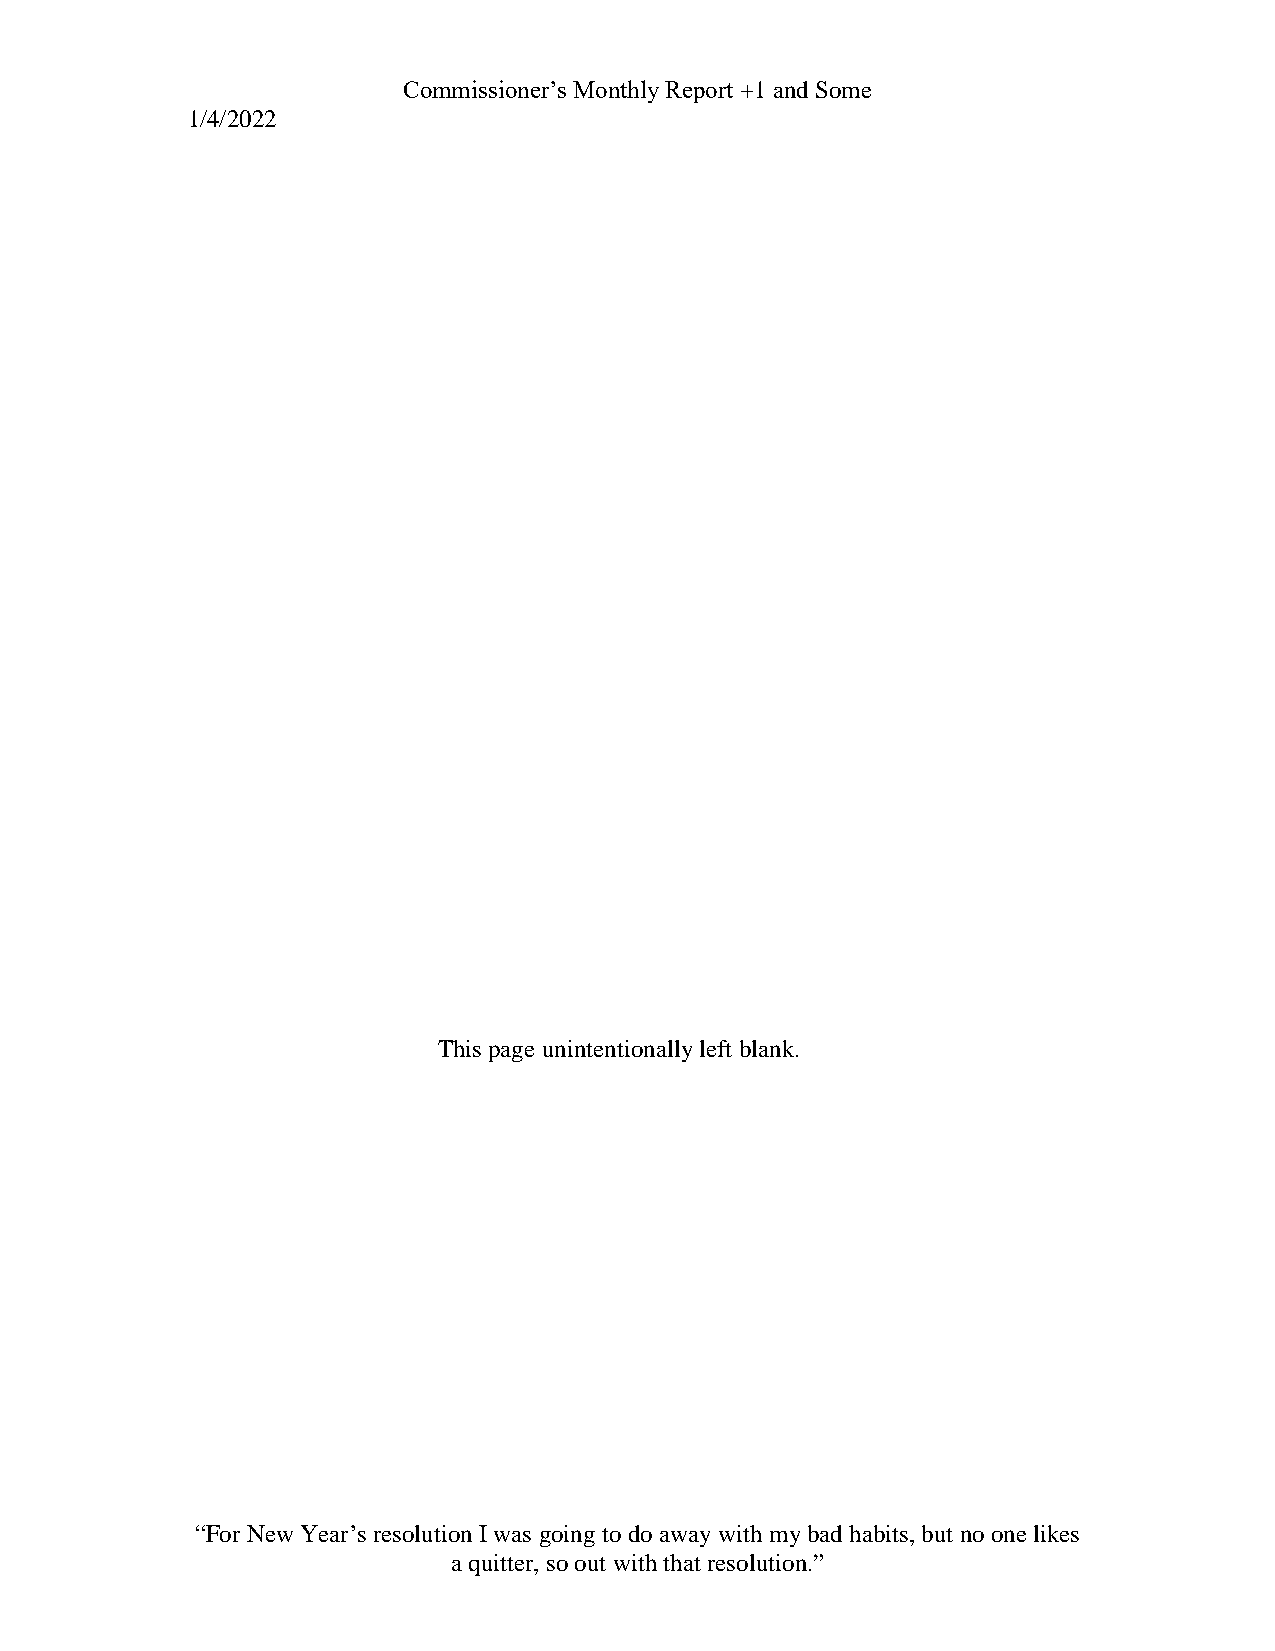
Commissioner’s Monthly Report +1 and Some
 1/4/2022
 This page unintentionally left blank.
 “For New Year’s resolution I was going to do away with my bad habits, but no one likes
 a quitter, so out with that resolution.”